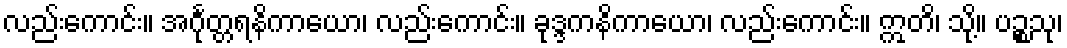
လည်းကောင်း။ အင်္ဂုတ္တရနိကာယော၊ လည်းကောင်း။ ခုဒ္ဒကနိကာယော၊ လည်းကောင်း။ ဣတိ၊ သို့။ ပဉ္စသု၊